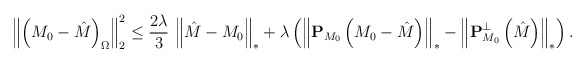
\begin{align*} \left\Vert \left (M_0-\hat M\right )_{\Omega}\right \Vert_2^2\leq \frac{2\lambda}{3}\,\left \Vert \hat M-M_0\right \Vert_{*}+\lambda \left (\left\Vert\mathbf{P}_{M_0}\left (M_0-\hat M\right )\right \Vert_{*} -\left \Vert \mathbf P^{\bot}_{M_0}\left (\hat M\right )\right \Vert_{*}\right ). \end{align*}